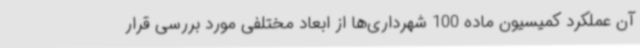
آن عملکرد کمیسیون ماده 100 شهرداری‌ها از ابعاد مختلفی مورد بررسی قرار